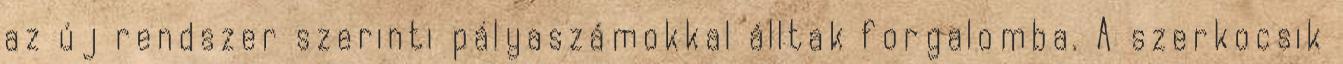
az új rendszer szerinti pályaszámokkal álltak forgalomba. A szerkocsik